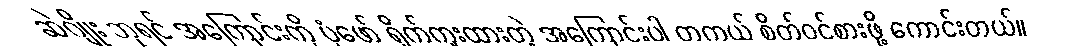
ဆဲဂျိုး ဘုရင် အကြောင်းကို ပုံဖော် ရိုက်ကူးထားတဲ့ အကြောင်းပါ တကယ် စိတ်ဝင်စားဖို့ ကောင်းတယ်။